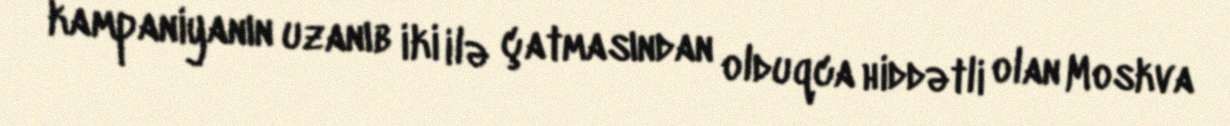
kampaniyanın uzanıb iki ilə çatmasından olduqca hiddətli olan Moskva